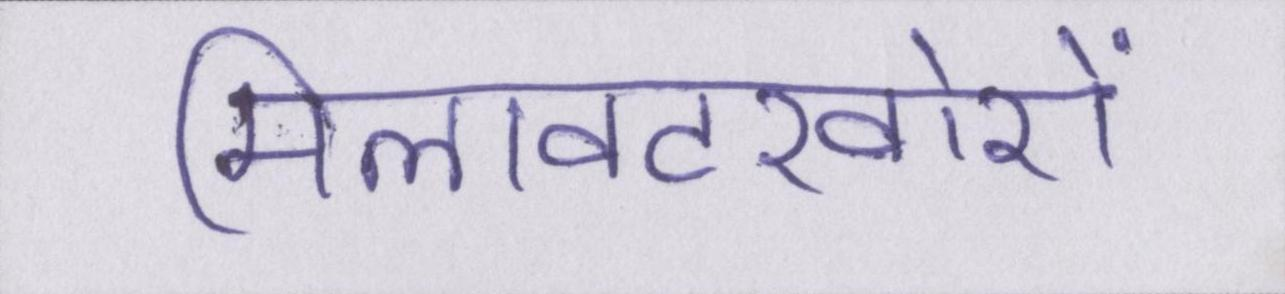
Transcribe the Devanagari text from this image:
मिलावटखोरों